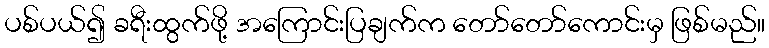
ပစ်ပယ်၍ ခရီးထွက်ဖို့ အကြောင်းပြချက်က တော်တော်ကောင်းမှ ဖြစ်မည်။